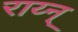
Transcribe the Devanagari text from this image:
राय्न्